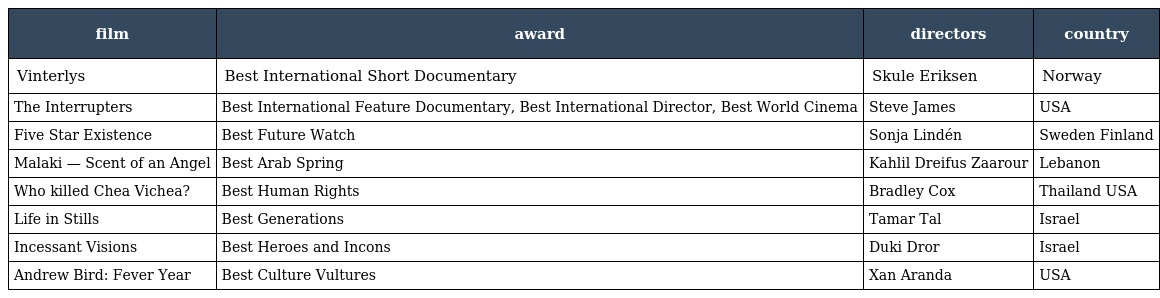
| film | award | directors | country |
 | --- | --- | --- | --- |
 | Vinterlys | Best International Short Documentary | Skule Eriksen | Norway |
 | The Interrupters | Best International Feature Documentary, Best International Director, Best World Cinema | Steve James | USA |
 | Five Star Existence | Best Future Watch | Sonja Lindén | Sweden Finland |
 | Malaki — Scent of an Angel | Best Arab Spring | Kahlil Dreifus Zaarour | Lebanon |
 | Who killed Chea Vichea? | Best Human Rights | Bradley Cox | Thailand USA |
 | Life in Stills | Best Generations | Tamar Tal | Israel |
 | Incessant Visions | Best Heroes and Incons | Duki Dror | Israel |
 | Andrew Bird: Fever Year | Best Culture Vultures | Xan Aranda | USA |